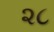
૨૮